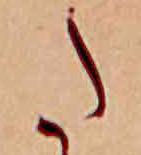
た